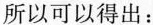
所以可以得出：